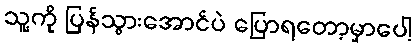
သူ့ကို ပြန်သွားအောင်ပဲ ပြောရတော့မှာပေါ့